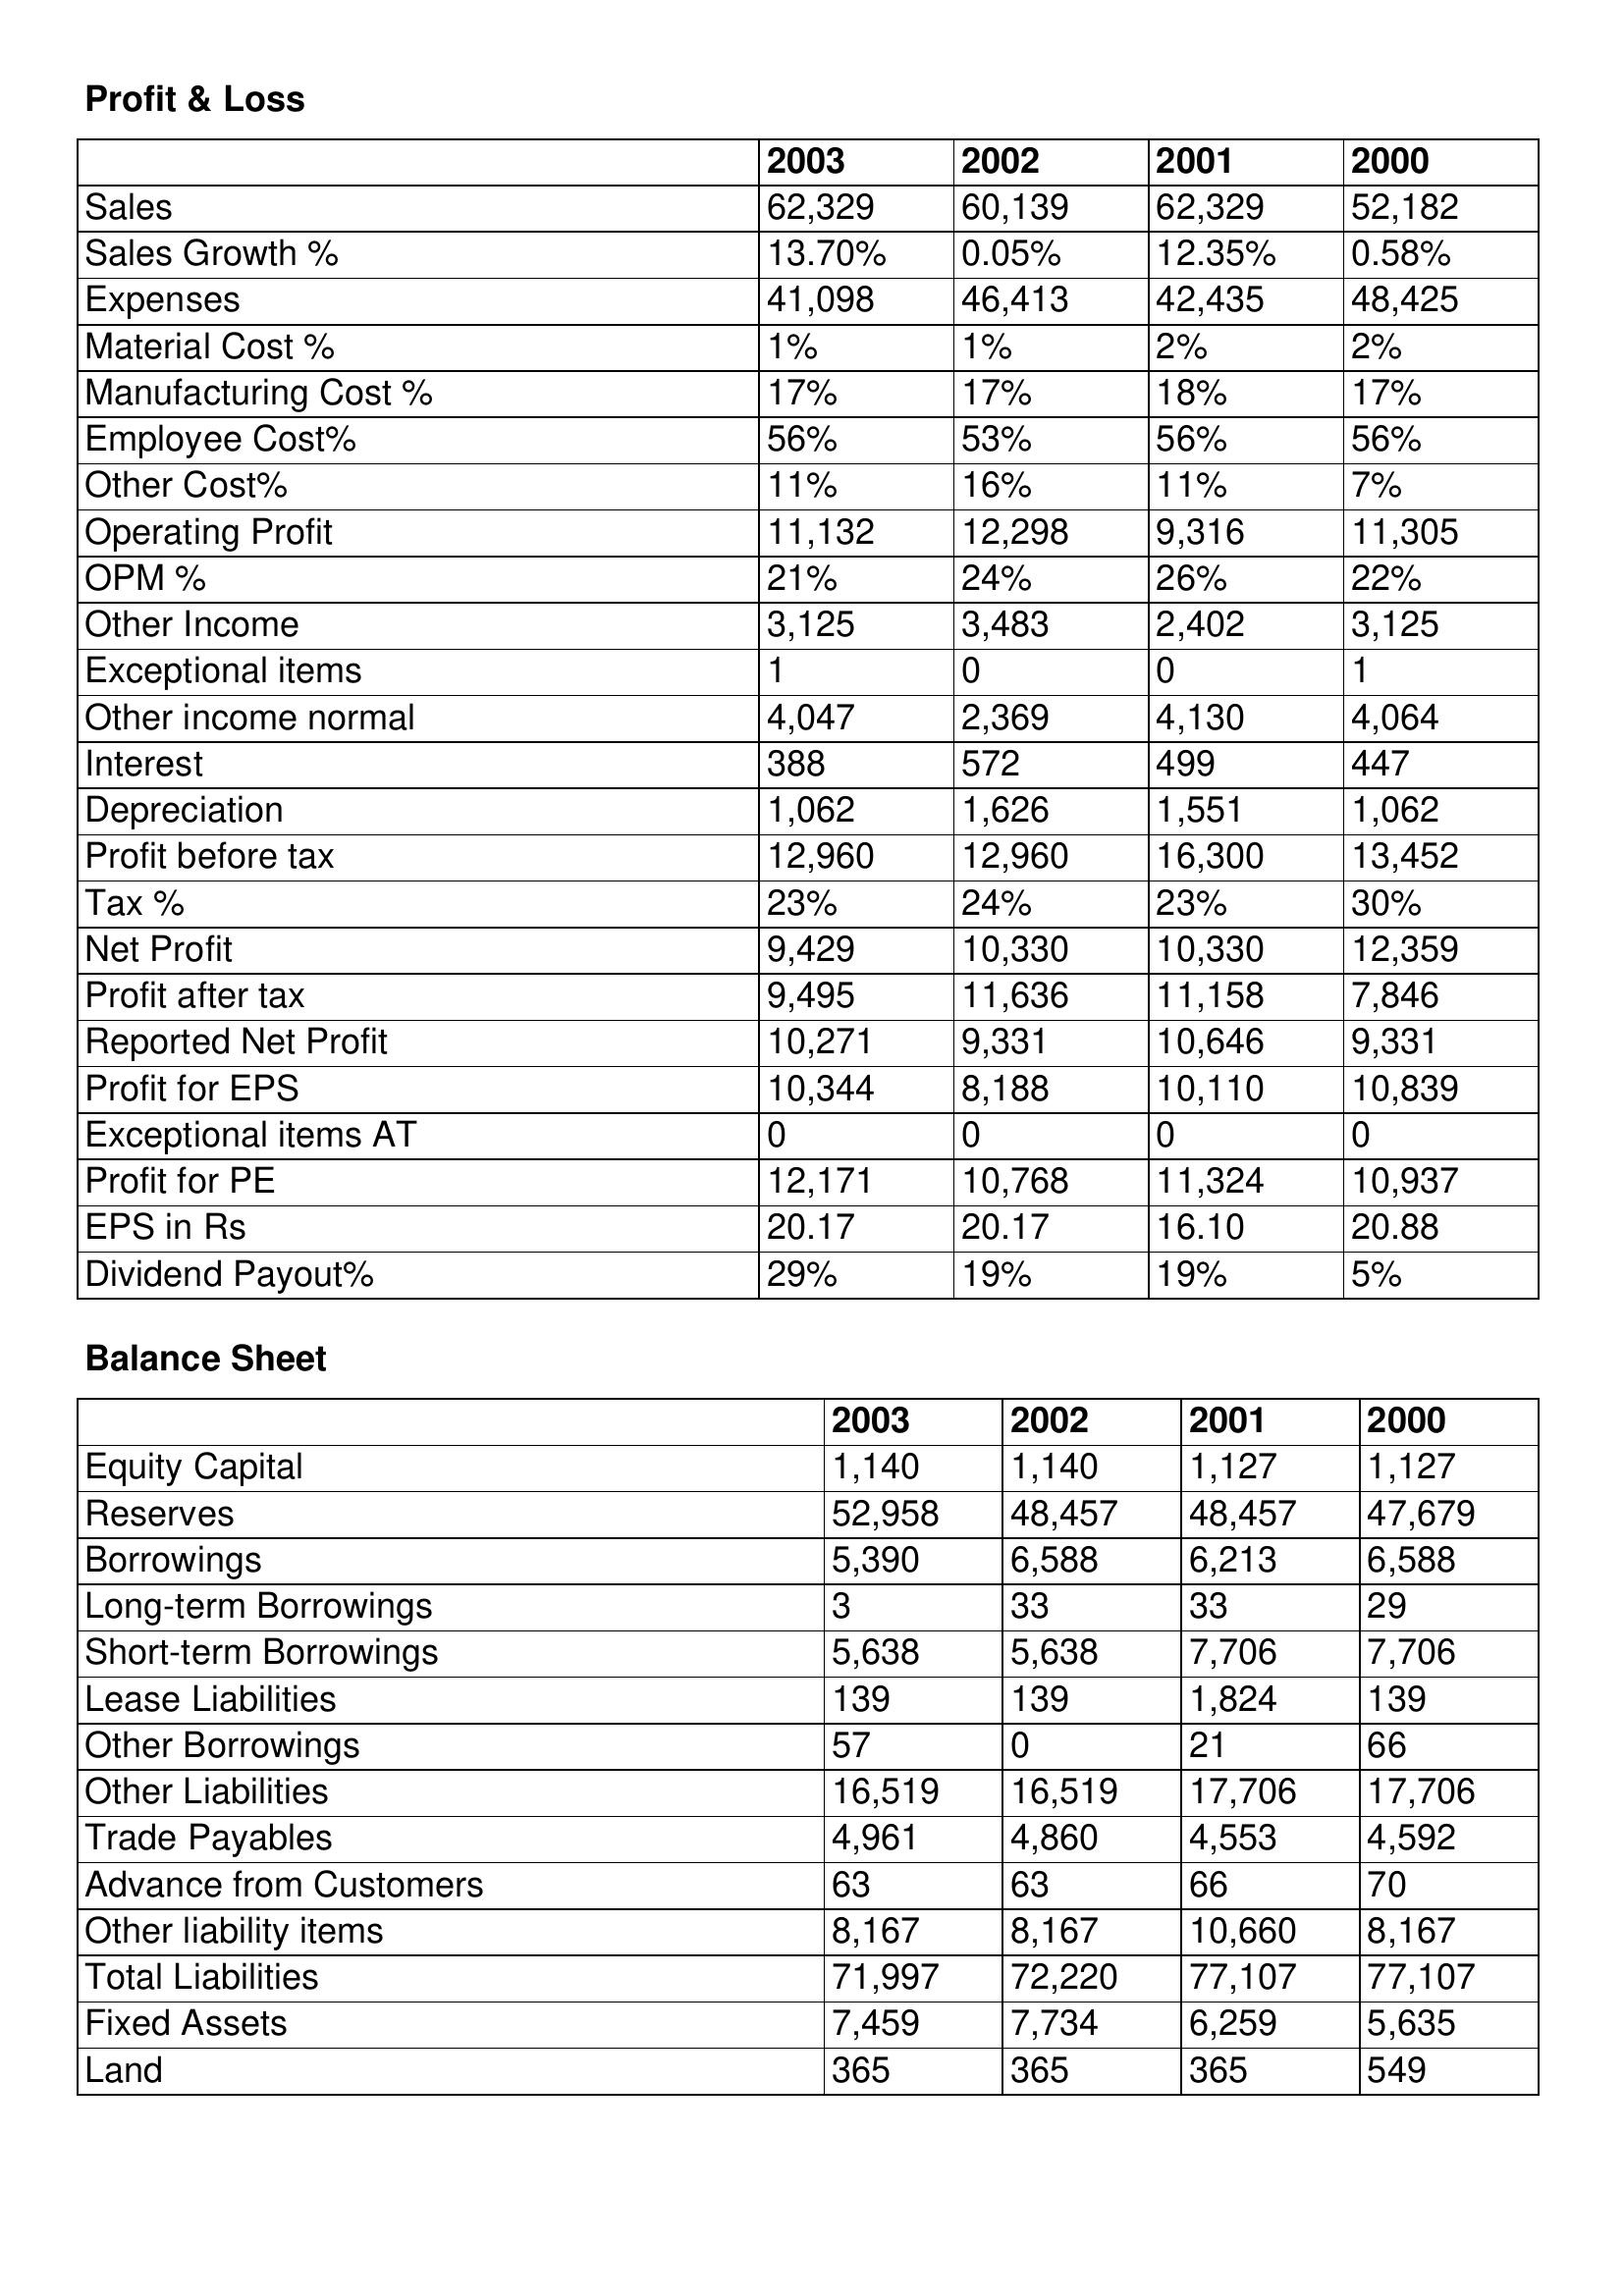
gt_parse: 2003: Profit & Loss: Sales: 62,329
Sales Growth %: 13.70%
Expenses: 41,098
Material Cost %: 1%
Manufacturing Cost %: 17%
Employee Cost%: 56%
Other Cost%: 11%
Operating Profit: 11,132
OPM %: 21%
Other Income: 3,125
Exceptional items: 1
Other income normal: 4,047
Interest: 388
Depreciation: 1,062
Profit before tax: 12,960
Tax %: 23%
Net Profit: 9,429
Profit after tax: 9,495
Reported Net Profit: 10,271
Profit for EPS: 10,344
Exceptional items AT: 0
Profit for PE: 12,171
EPS in Rs: 20.17
Dividend Payout%: 29%
Balance Sheet: Equity Capital: 1,140
Reserves: 52,958
Borrowings: 5,390
Long-term Borrowings: 3
Short-term Borrowings: 5,638
Lease Liabilities: 139
Other Borrowings: 57
Other Liabilities: 16,519
Trade Payables: 4,961
Advance from Customers: 63
Other liability items: 8,167
Total Liabilities: 71,997
Fixed Assets: 7,459
Land: 365
2002: Profit & Loss: Sales: 60,139
Sales Growth %: 0.05%
Expenses: 46,413
Material Cost %: 1%
Manufacturing Cost %: 17%
Employee Cost%: 53%
Other Cost%: 16%
Operating Profit: 12,298
OPM %: 24%
Other Income: 3,483
Exceptional items: 0
Other income normal: 2,369
Interest: 572
Depreciation: 1,626
Profit before tax: 12,960
Tax %: 24%
Net Profit: 10,330
Profit after tax: 11,636
Reported Net Profit: 9,331
Profit for EPS: 8,188
Exceptional items AT: 0
Profit for PE: 10,768
EPS in Rs: 20.17
Dividend Payout%: 19%
Balance Sheet: Equity Capital: 1,140
Reserves: 48,457
Borrowings: 6,588
Long-term Borrowings: 33
Short-term Borrowings: 5,638
Lease Liabilities: 139
Other Borrowings: 0
Other Liabilities: 16,519
Trade Payables: 4,860
Advance from Customers: 63
Other liability items: 8,167
Total Liabilities: 72,220
Fixed Assets: 7,734
Land: 365
2001: Profit & Loss: Sales: 62,329
Sales Growth %: 12.35%
Expenses: 42,435
Material Cost %: 2%
Manufacturing Cost %: 18%
Employee Cost%: 56%
Other Cost%: 11%
Operating Profit: 9,316
OPM %: 26%
Other Income: 2,402
Exceptional items: 0
Other income normal: 4,130
Interest: 499
Depreciation: 1,551
Profit before tax: 16,300
Tax %: 23%
Net Profit: 10,330
Profit after tax: 11,158
Reported Net Profit: 10,646
Profit for EPS: 10,110
Exceptional items AT: 0
Profit for PE: 11,324
EPS in Rs: 16.10
Dividend Payout%: 19%
Balance Sheet: Equity Capital: 1,127
Reserves: 48,457
Borrowings: 6,213
Long-term Borrowings: 33
Short-term Borrowings: 7,706
Lease Liabilities: 1,824
Other Borrowings: 21
Other Liabilities: 17,706
Trade Payables: 4,553
Advance from Customers: 66
Other liability items: 10,660
Total Liabilities: 77,107
Fixed Assets: 6,259
Land: 365
2000: Profit & Loss: Sales: 52,182
Sales Growth %: 0.58%
Expenses: 48,425
Material Cost %: 2%
Manufacturing Cost %: 17%
Employee Cost%: 56%
Other Cost%: 7%
Operating Profit: 11,305
OPM %: 22%
Other Income: 3,125
Exceptional items: 1
Other income normal: 4,064
Interest: 447
Depreciation: 1,062
Profit before tax: 13,452
Tax %: 30%
Net Profit: 12,359
Profit after tax: 7,846
Reported Net Profit: 9,331
Profit for EPS: 10,839
Exceptional items AT: 0
Profit for PE: 10,937
EPS in Rs: 20.88
Dividend Payout%: 5%
Balance Sheet: Equity Capital: 1,127
Reserves: 47,679
Borrowings: 6,588
Long-term Borrowings: 29
Short-term Borrowings: 7,706
Lease Liabilities: 139
Other Borrowings: 66
Other Liabilities: 17,706
Trade Payables: 4,592
Advance from Customers: 70
Other liability items: 8,167
Total Liabilities: 77,107
Fixed Assets: 5,635
Land: 549